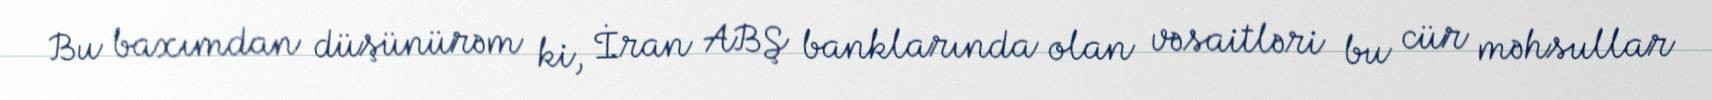
Bu baxımdan düşünürəm ki, İran ABŞ banklarında olan vəsaitləri bu cür məhsullar